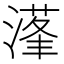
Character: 𰜴